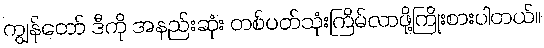
ကျွန်တော် ဒီကို အနည်းဆုံး တစ်ပတ်သုံးကြိမ်လာဖို့ကြိုးစားပါတယ်။